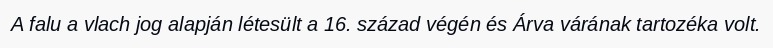
A falu a vlach jog alapján létesült a 16. század végén és Árva várának tartozéka volt.